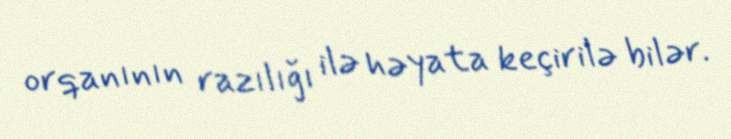
orqanının razılığı ilə həyata keçirilə bilər.